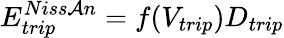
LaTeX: E_{trip}^{Niss\mathcal{A}n}=f(V_{trip})D_{trip}